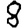
Digit: 8